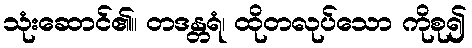
သုံးဆောင်၏။ တဒန္တရံ၊ ထိုတလုပ်သော ကိုစု၍